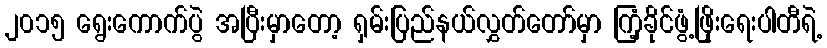
၂၀၁၅ ရွေးကောက်ပွဲ အပြီးမှာတော့ ရှမ်းပြည်နယ်လွှတ်တော်မှာ ကြံ့ခိုင်ဖွံ့ဖြိုးရေးပါတီရဲ့